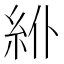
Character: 𥾾